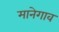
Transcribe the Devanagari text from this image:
मानेगाव